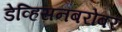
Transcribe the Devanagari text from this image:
डेव्हिसनबरोबर